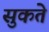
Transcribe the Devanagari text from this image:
सुकते